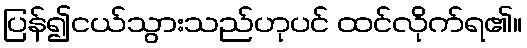
ပြန်၍ငယ်သွားသည်ဟုပင် ထင်လိုက်ရ၏။